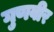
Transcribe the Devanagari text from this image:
गुणवीर